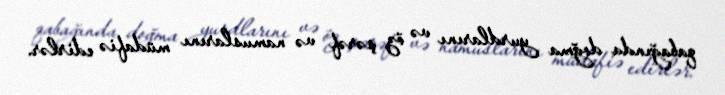
qabağında doğma yurdlarını və öz şərəf və namuslarını müdafiə edirlər.